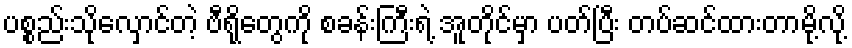
ပစ္စည်းသိုလှောင်တဲ့ ဗီရိုတွေကို စခန်းကြီးရဲ့ အူတိုင်မှာ ပတ်ပြီး တပ်ဆင်ထားတာမို့လို့